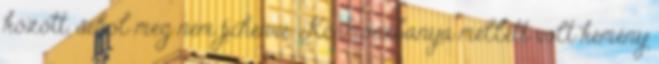
között, sehol meg nem pihenve. Körmöczbánya mellett volt kemény